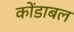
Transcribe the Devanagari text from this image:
कोंडाबल